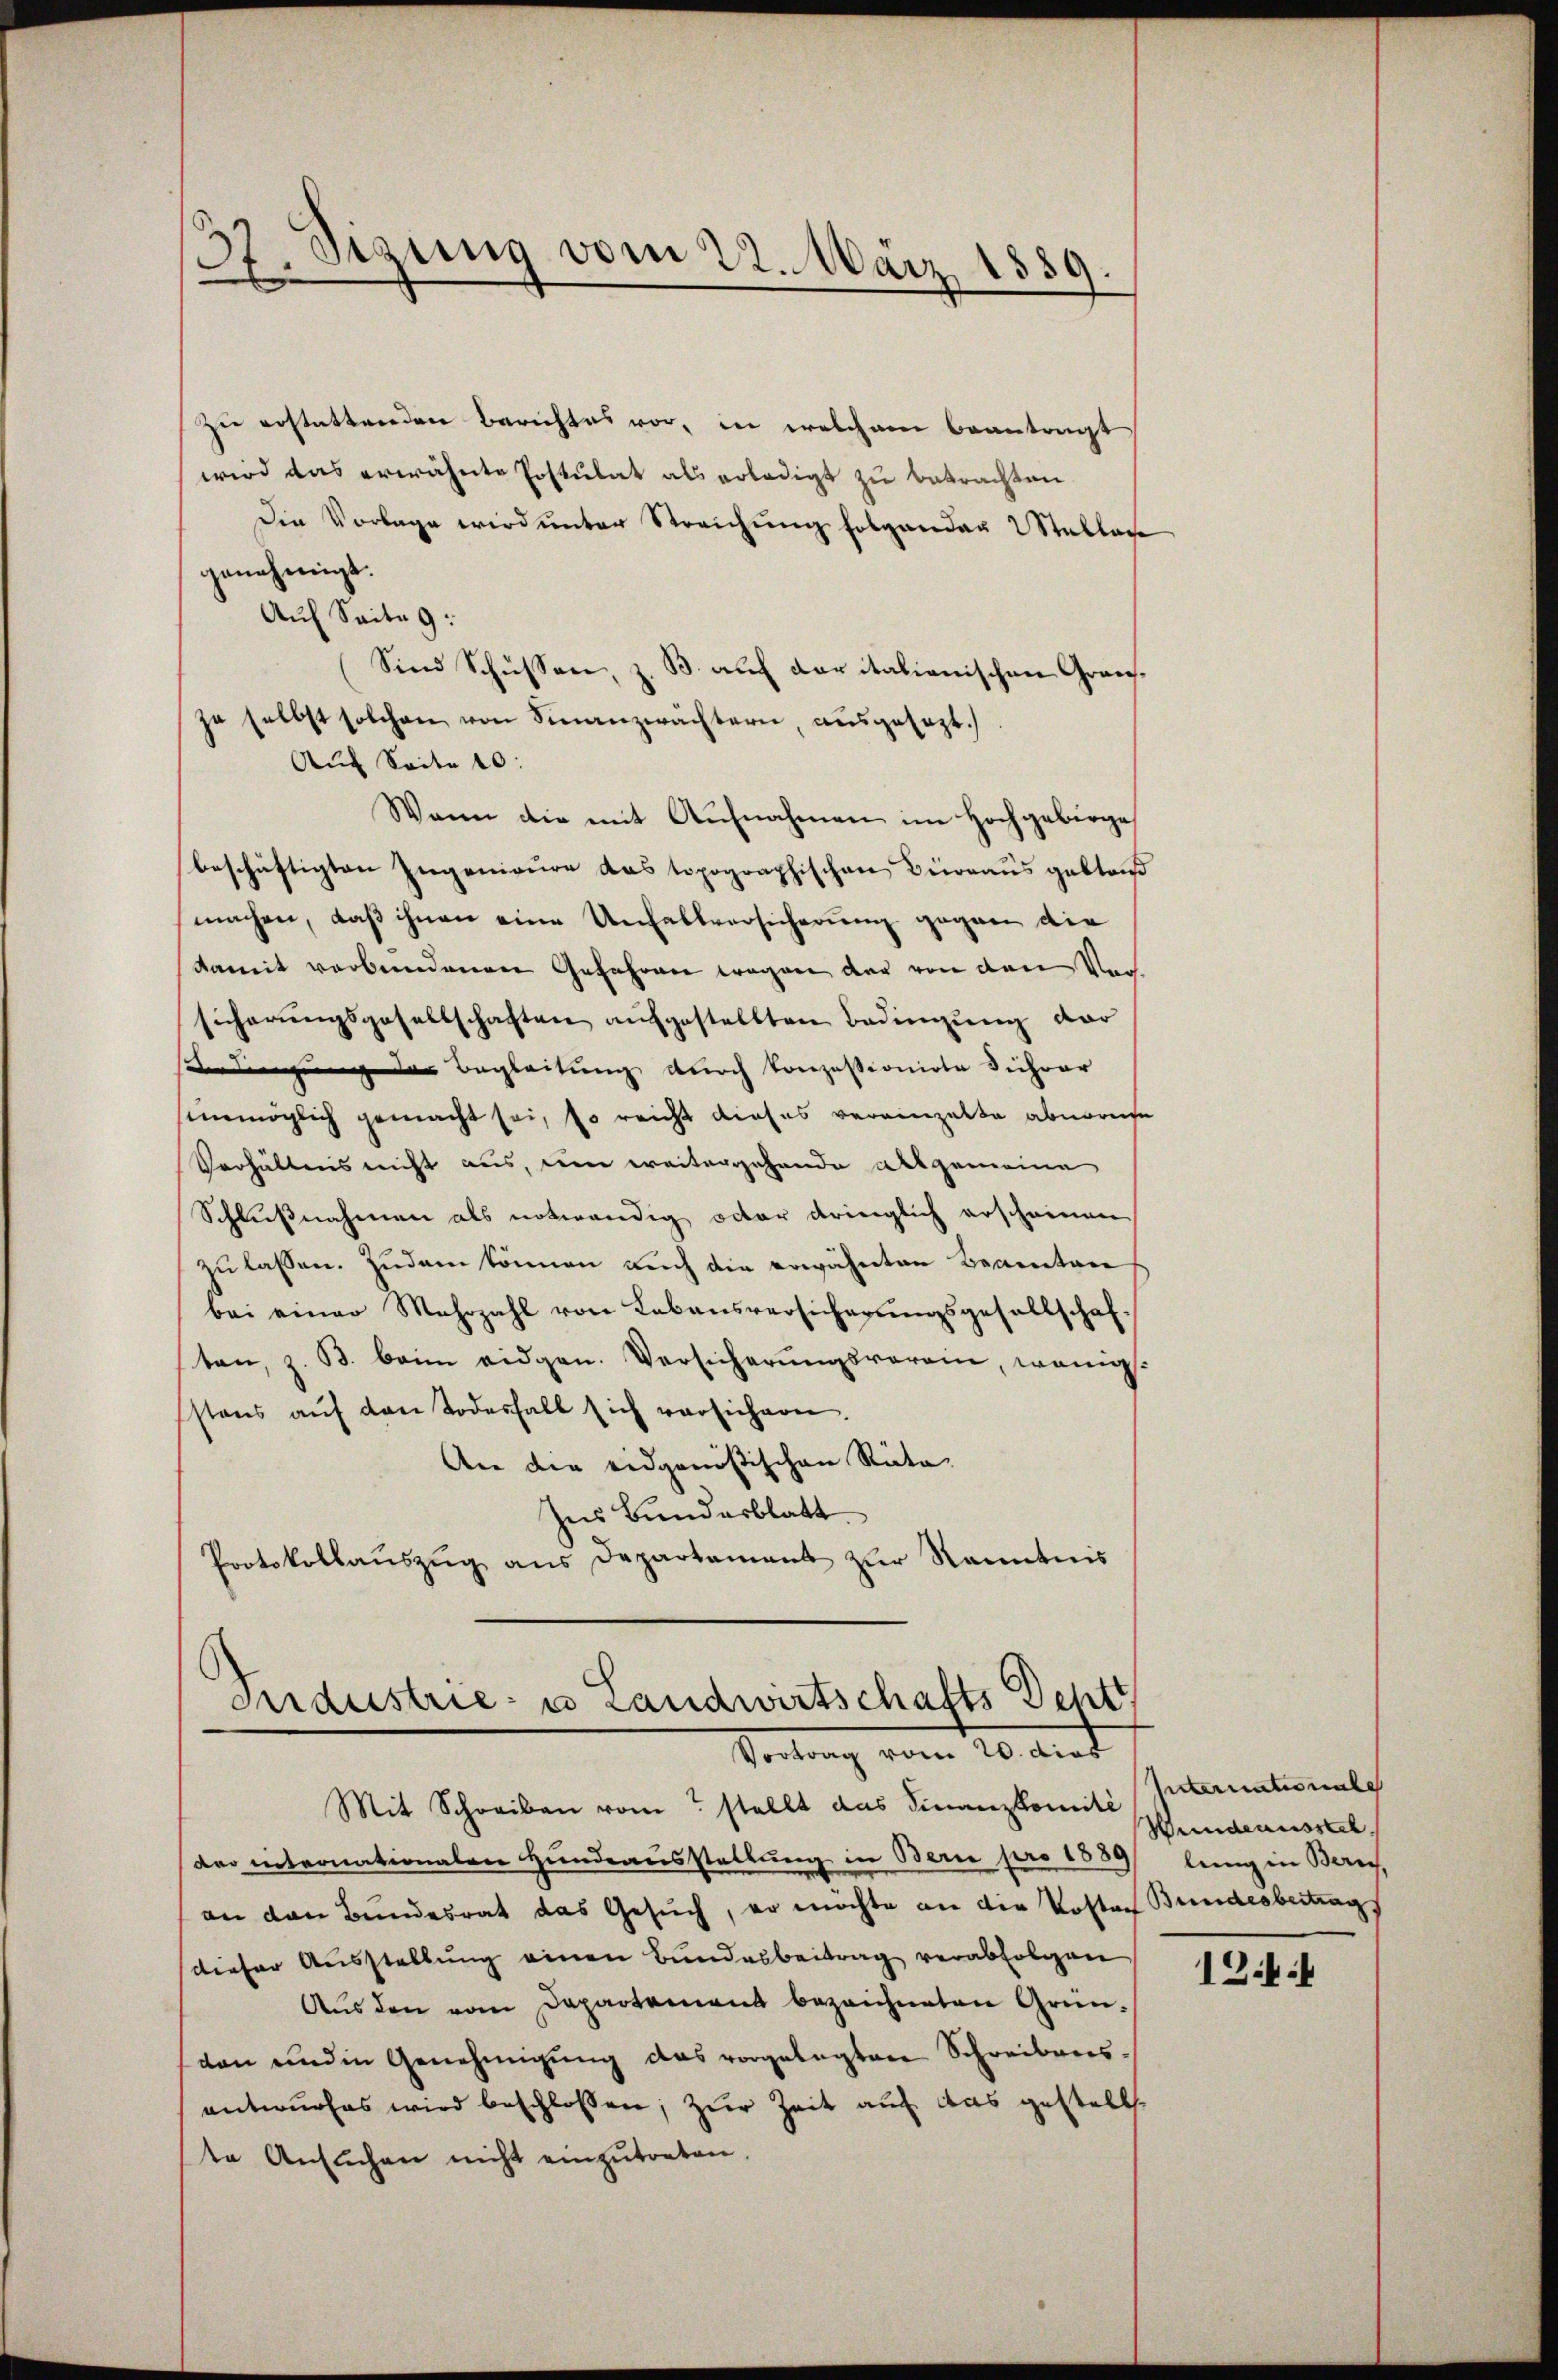
37. Sizung vom 22. März 1889.

zu erstattenden Berichtes vor, in welchem beantragt
wird das erwähnte Postulat als erledigt zu betrachten
Die Vorlage wird unter Streichung folgenden 2 Stellen
genehmigt.
Auf Seite 9:
Sind Schüssen, z. B. auf der italienischen Grauja selbst solchen von Finanzwächtern, ausgesezt.)
Auf Seite 10:
Wann die mit Aufnahmen im Hochgebirge
beschäftigten Ingenieure das topographischen Büreaus gabten
machen, daß ihnen eine Unfallversicherung gegen die
damit verbundenen Gefahren wegen der von dem Vor
sicherŭngsgesellschaften aufgestellten Bedingung dar
sdingung der Begleitung durch konzessionirte Führer
ennmöglich gemacht sei, so reicht dieses vereinzelte abnorme
Verhältnis nicht aus, um weitergehende Allgemeine
Schlußnahmen als notwendig octor dringlich erscheinen
zu lassen. Zudem können auch die erwähnten Beamtere
bei einer Mehrzahl von Lebensversicherŭngsgesellschaften, z. B. beim eidgen. Versicherungsverein, wenigst
stens aŭf den Todesfall sich versichern.
An die eidgenößischen Rata.
Ins Bundesblatt
Protokollaŭszŭg ans Departament zŭr Kenntnis

Industrie- u Landwirtschafts Deptt
Vortrag vom 20. dies

Mit Schreiben vom stellt das Finanzkomite Internationale
der internationalen Hundeausstellung in Bern pro 1889
an den Bundesrat das Gesuch, er möchte an die Kosten
dieser Ausstellung einen Bundesbeitrag verabfolgen
Aus den vom Departement bezeichneten Grün-
don und in Genehmigŭng das vorgelegten Schreibens-
antwurfes wird beschlossen, zur Zeit auf das gestelle
te Ansŭchen nicht einzŭtreten.

Wundeausstel
lung in Zürich,
Bundesbertrag

12:1